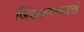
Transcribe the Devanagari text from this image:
जिंकल्यासारखे